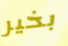
بخير